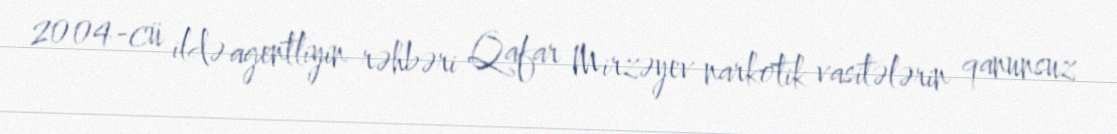
2004-cü ildə agentliyin rəhbəri Qafar Mirzəyev narkotik vasitələrin qanunsuz